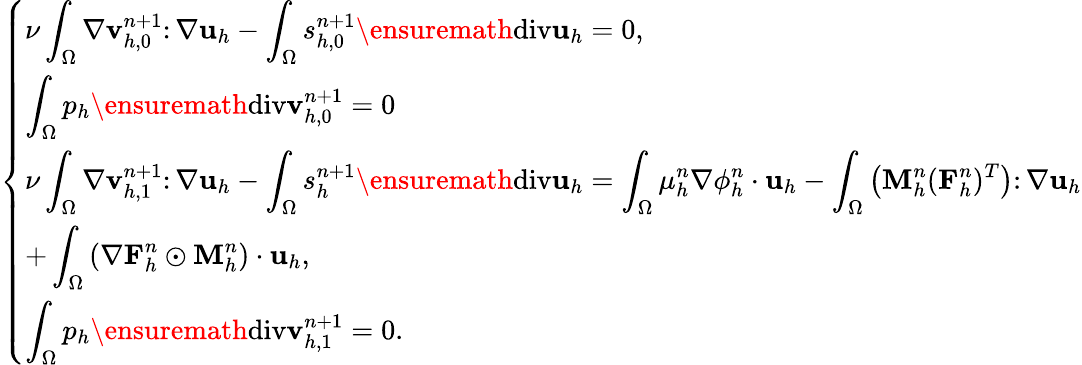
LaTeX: \left\{ \begin{array}{ll}{\displaystyle\nu\int_{\Omega}\nabla\mathbf{v}_{h,0}^{n+1}\colon\nabla\mathbf{u}_{h}-\int_{\Omega}s_{h,0}^{n+1}\ensuremath{\operatorname{div}}\mathbf{u}_{h}=0,}\\ {\displaystyle\int_{\Omega}p_{h}\ensuremath{\operatorname{div}}\mathbf{v}_{h,0}^{n+1}=0}\\ {\displaystyle\nu\int_{\Omega}\nabla\mathbf{v}_{h,1}^{n+1}\colon\nabla\mathbf{u}_{h}-\int_{\Omega}s_{h}^{n+1}\ensuremath{\operatorname{div}}\mathbf{u}_{h}=\int_{\Omega}\mu_{h}^{n}\nabla\phi_{h}^{n}\cdot\mathbf{u}_{h}-\int_{\Omega}\left(\mathbf{M}_{h}^{n}(\mathbf{F}_{h}^{n})^{T}\right)\colon\nabla\mathbf{u}_{h}}\\ {\displaystyle+\int_{\Omega}\left(\nabla\mathbf{F}_{h}^{n}\odot\mathbf{M}_{h}^{n}\right)\cdot\mathbf{u}_{h},}\\ {\displaystyle\int_{\Omega}p_{h}\ensuremath{\operatorname{div}}\mathbf{v}_{h,1}^{n+1}=0.}\end{array}\right.